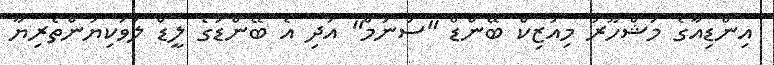
އިންޑިއާގެ މަޝްހޫރު މިއުޒިކް ބޭންޑް "ސަނަމް" އަދި އެ ބޭންޑުގެ ލީޑް ލަވަކިޔުންތެރިޔާ